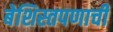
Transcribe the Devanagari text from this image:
बेशिस्तपणाची